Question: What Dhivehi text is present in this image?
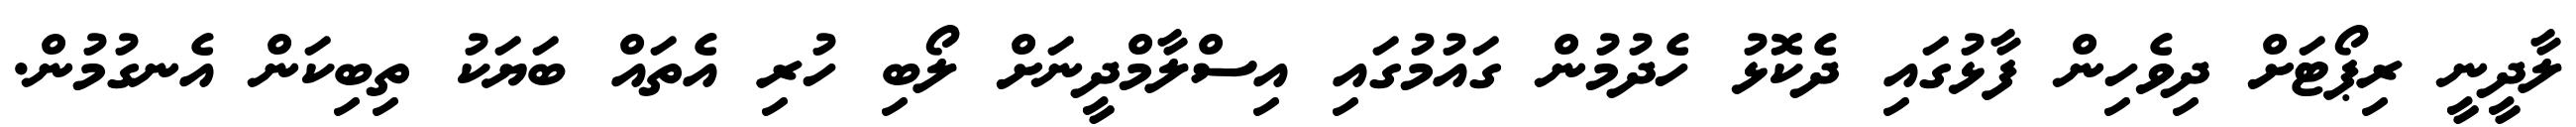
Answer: ލާދީނީ ރިޕޯޓަށް ދިވެހިން ފާޅުގައި ދެކޮޅު ހެދުމުން ގައުމުގައި އިސްލާމްދީނަށް ލޯބި ހުރި އެތައް ބަޔަކު ތިބިކަން އެނގުމުން.